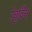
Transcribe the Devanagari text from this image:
रेचुर्विंग